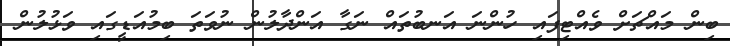
ބިން މައްޗަށް ވެއްޓިފައި ހުންނަ އަނބުތައް ނަގާ އަންދާލުން ނުވަތަ ބިމުއަޑީގައި ވަޅުލުން